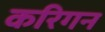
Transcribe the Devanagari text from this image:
करिगन